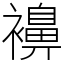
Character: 襣